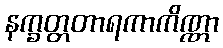
နက္ခတ္တတာရကာကိဏ္ဏာ